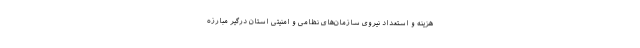
هزینه و استعداد نیروی سازمان‌های نظامی و امنیتی استان درگیر مبارزه